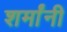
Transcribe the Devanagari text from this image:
शर्मांनी